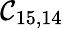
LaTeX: \mathcal{C}_{15,14}